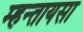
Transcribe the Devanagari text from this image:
म्हन्तायसा